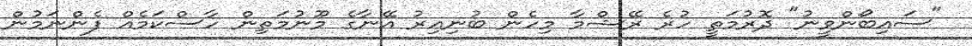
"ސައިބޯންވީނު" ދޮރުމަތީ ހުރެ ރޭޝްމާ މިހެން ބުނިއިރު އޭނާގެ މޫނުމަތިން ހާސްކަމެއް ފެންނަމުން